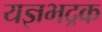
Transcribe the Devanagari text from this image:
यज्ञभद्रक